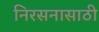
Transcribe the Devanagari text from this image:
निरसनासाठी